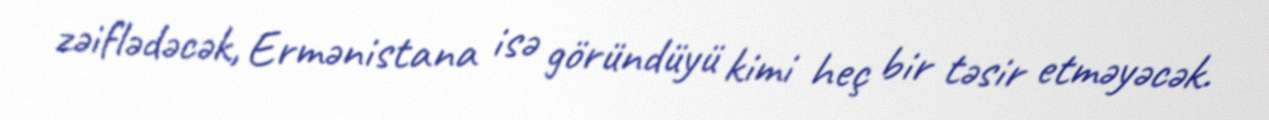
zəiflədəcək, Ermənistana isə göründüyü kimi heç bir təsir etməyəcək.